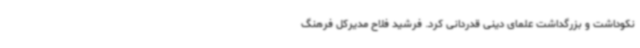
نکوداشت و بزرگداشت علمای دینی قدردانی کرد. فرشید فلاح مدیرکل فرهنگ